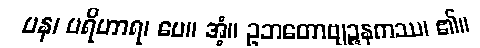
ပန၊ ပရိဟာရ၊ ပေ။ အံ့။ ဥဘတောဗျဉ္ဇနကဿ၊ ၏။